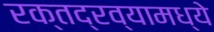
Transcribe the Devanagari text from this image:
रक्तद्रव्यामध्ये